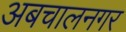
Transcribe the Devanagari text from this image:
अबचालनगर